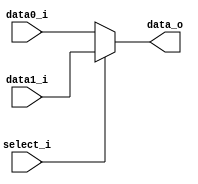
`timescale 1ns/1ps

module MUX_2to1(
    input       [32-1:0] data0_i,
    input       [32-1:0] data1_i,
    input                select_i,
    output      [32-1:0] data_o
);
/* Write your code HERE */
assign data_o = (select_i==0)?data0_i:data1_i;

endmodule